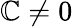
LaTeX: \mathbb{C}\neq0